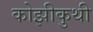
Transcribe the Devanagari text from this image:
कोझीकुथी